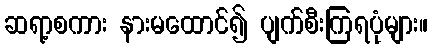
ဆရာ့စကား နားမထောင်၍ ပျက်စီးကြရပုံများ။